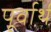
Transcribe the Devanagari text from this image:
पूर्वार्थ